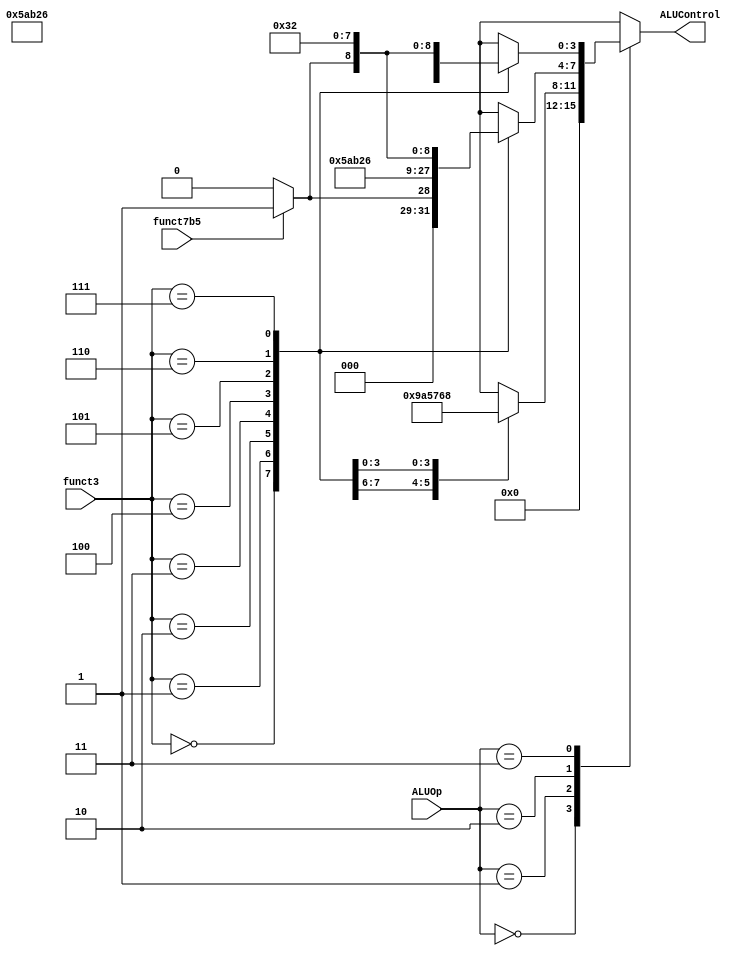
module aludec (
	// opb54,  necessary?
	funct3,
	funct7b5,
	ALUOp,
	ALUControl
);
	// input wire [1:0] opb54;  necessary?
	input wire [2:0] funct3;
	input wire funct7b5;
	input wire [1:0] ALUOp;
	output reg [3:0] ALUControl;
//	wire RtypeSub;
//	assign RtypeSub = funct7b5 & opb54[1];
	
	always @(*)
		case (ALUOp)
			2'b00: ALUControl = 4'b0000;  // add (used for load and store)
			
			2'b01:                                       // branch inst.
			     case (funct3)
					3'b000: ALUControl = 4'b1001;   // equal condition
					3'b001: ALUControl = 4'b1010;   // not-equal condition
					3'b100: ALUControl = 4'b0101;   // signed less than condition
					3'b101: ALUControl = 4'b0111;   // signed greater or equal cond
					3'b110: ALUControl = 4'b0110;   // unsigned less than cond
					3'b111: ALUControl = 4'b1000;   // unsigned greater or equal cond
					default: ALUControl = 4'bxxxx;
				endcase
				
			2'b10:                       // R inst.
				case (funct3)
					3'b000:
						if (funct7b5)
							ALUControl = 4'b0001; // sub
						else
							ALUControl = 4'b0000; // add
					3'b001: ALUControl = 4'b1011;   // sll
					3'b010: ALUControl = 4'b0101;   // slt
					3'b011: ALUControl = 4'b0110;   // sltu
					3'b100: ALUControl = 4'b0100;   // xor
					3'b101: 
					   if(funct7b5)
					       ALUControl = 4'b1101;   // sra
					   else
                           ALUControl = 4'b1100;   // srl
					3'b110: ALUControl = 4'b0011;   // or
					3'b111: ALUControl = 4'b0010;   // and
					default: ALUControl = 4'bxxxx;
				endcase
			
			2'b11:           // arithmetic I inst.
			     case (funct3)
					3'b000: ALUControl = 4'b0000; // add
					3'b001: ALUControl = 4'b1011;   // sll
					3'b010: ALUControl = 4'b0101;   // slt
					3'b011: ALUControl = 4'b0110;   // sltu
					3'b100: ALUControl = 4'b0100;   // xor
					3'b101: 
					   if(funct7b5)
					       ALUControl = 4'b1101;   // sra
					   else
                           ALUControl = 4'b1100;   // srl
					3'b110: ALUControl = 4'b0011;   // or
					3'b111: ALUControl = 4'b0010;   // and
					default: ALUControl = 4'bxxxx;
				endcase
				
			default: ALUControl = 4'bxxxx;
		endcase
endmodule